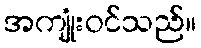
အကျုံးဝင်သည်။